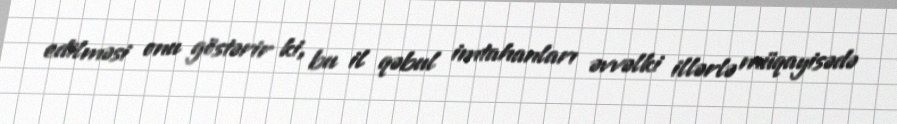
edilməsi onu göstərir ki, bu il qəbul imtahanları əvvəlki illərlə müqayisədə